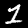
Label: 1